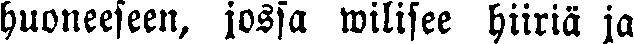
huoneeseen, jossa wilisee hiiriä ja